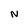
Character: N